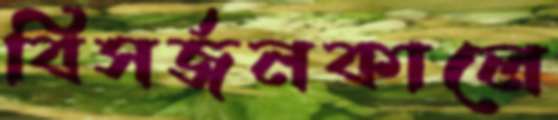
বিসর্জনকালে